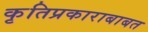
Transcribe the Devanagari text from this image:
कृतिप्रकाराबाबत